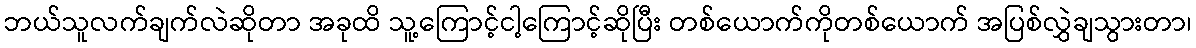
ဘယ်သူလက်ချက်လဲဆိုတာ အခုထိ သူ့ကြောင့်ငါ့ကြောင့်ဆိုပြီး တစ်ယောက်ကိုတစ်ယောက် အပြစ်လွှဲချသွားတာ၊